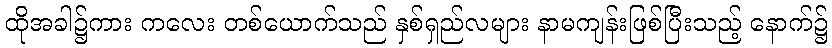
ထိုအခါ၌ကား ကလေး တစ်ယောက်သည် နှစ်ရှည်လများ နာမကျန်းဖြစ်ပြီးသည့် နောက်၌